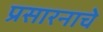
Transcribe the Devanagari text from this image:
प्रसारनाचे